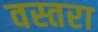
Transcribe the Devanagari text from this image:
वस्तरा